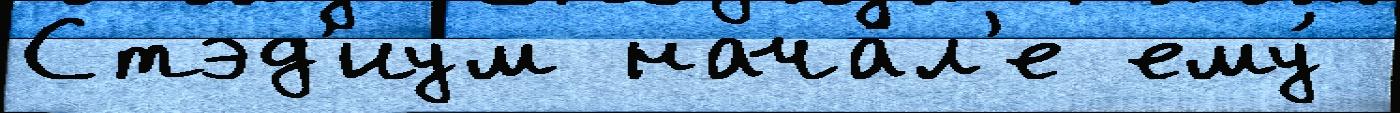
Стэд'иум нача́л'е ему́